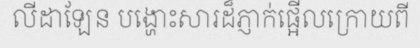
លីដាឡែន បង្ហោះសារដ៏ភ្ញាក់ផ្អើលក្រោយពី